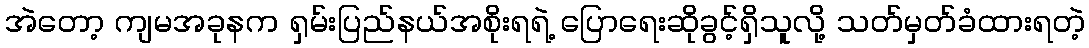
အဲတော့ ကျမအခုနက ရှမ်းပြည်နယ်အစိုးရရဲ့ ပြောရေးဆိုခွင့်ရှိသူလို့ သတ်မှတ်ခံထားရတဲ့